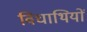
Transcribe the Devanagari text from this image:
विधाथियों